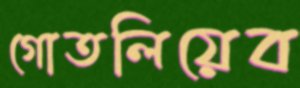
গোতলিয়েব